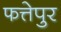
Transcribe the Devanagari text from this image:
फत्तेपुर